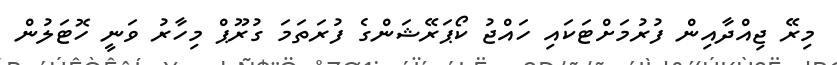
މިރޭ ޖިއްދާއިން ފުރުމަށްޓަކައި ހައްޖު ކޯޕަރޭޝަންގެ ފުރަތަމަ ގުރޫޕް މިހާރު ވަނީ ހޮޓަލުން